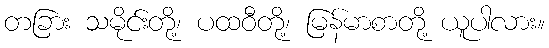
တခြား သမိုင်းတို့၊ ပထဝီတို့၊ မြန်မာစာတို့ ယူပါလား။